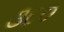
૩૮૦